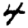
Digit: 4